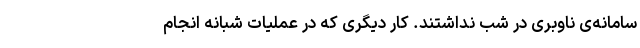
سامانه‌ی ناوبری در شب نداشتند. کار دیگری که در عملیات شبانه انجام